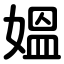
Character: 媼